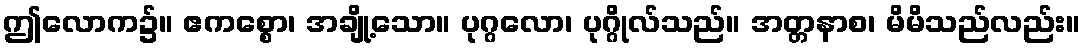
ဤလောက၌။ ဧကစ္စော၊ အချို့သော။ ပုဂ္ဂလော၊ ပုဂ္ဂိုလ်သည်။ အတ္တနာစ၊ မိမိသည်လည်း။